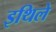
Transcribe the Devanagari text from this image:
इथिले